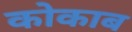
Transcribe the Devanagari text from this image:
कोकाब